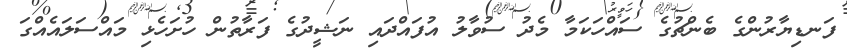
ފަނޑިޔާރުންގެ ބެންޗުގެ ސައްހަކަމާ މެދު ސުވާލު އުފައްދައި ނަޝީދުގެ ފަރާތުން ހުށަހެޅި މައްސަލައެއްގަ